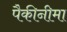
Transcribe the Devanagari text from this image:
पैकीनीमा